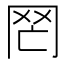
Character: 𦉸